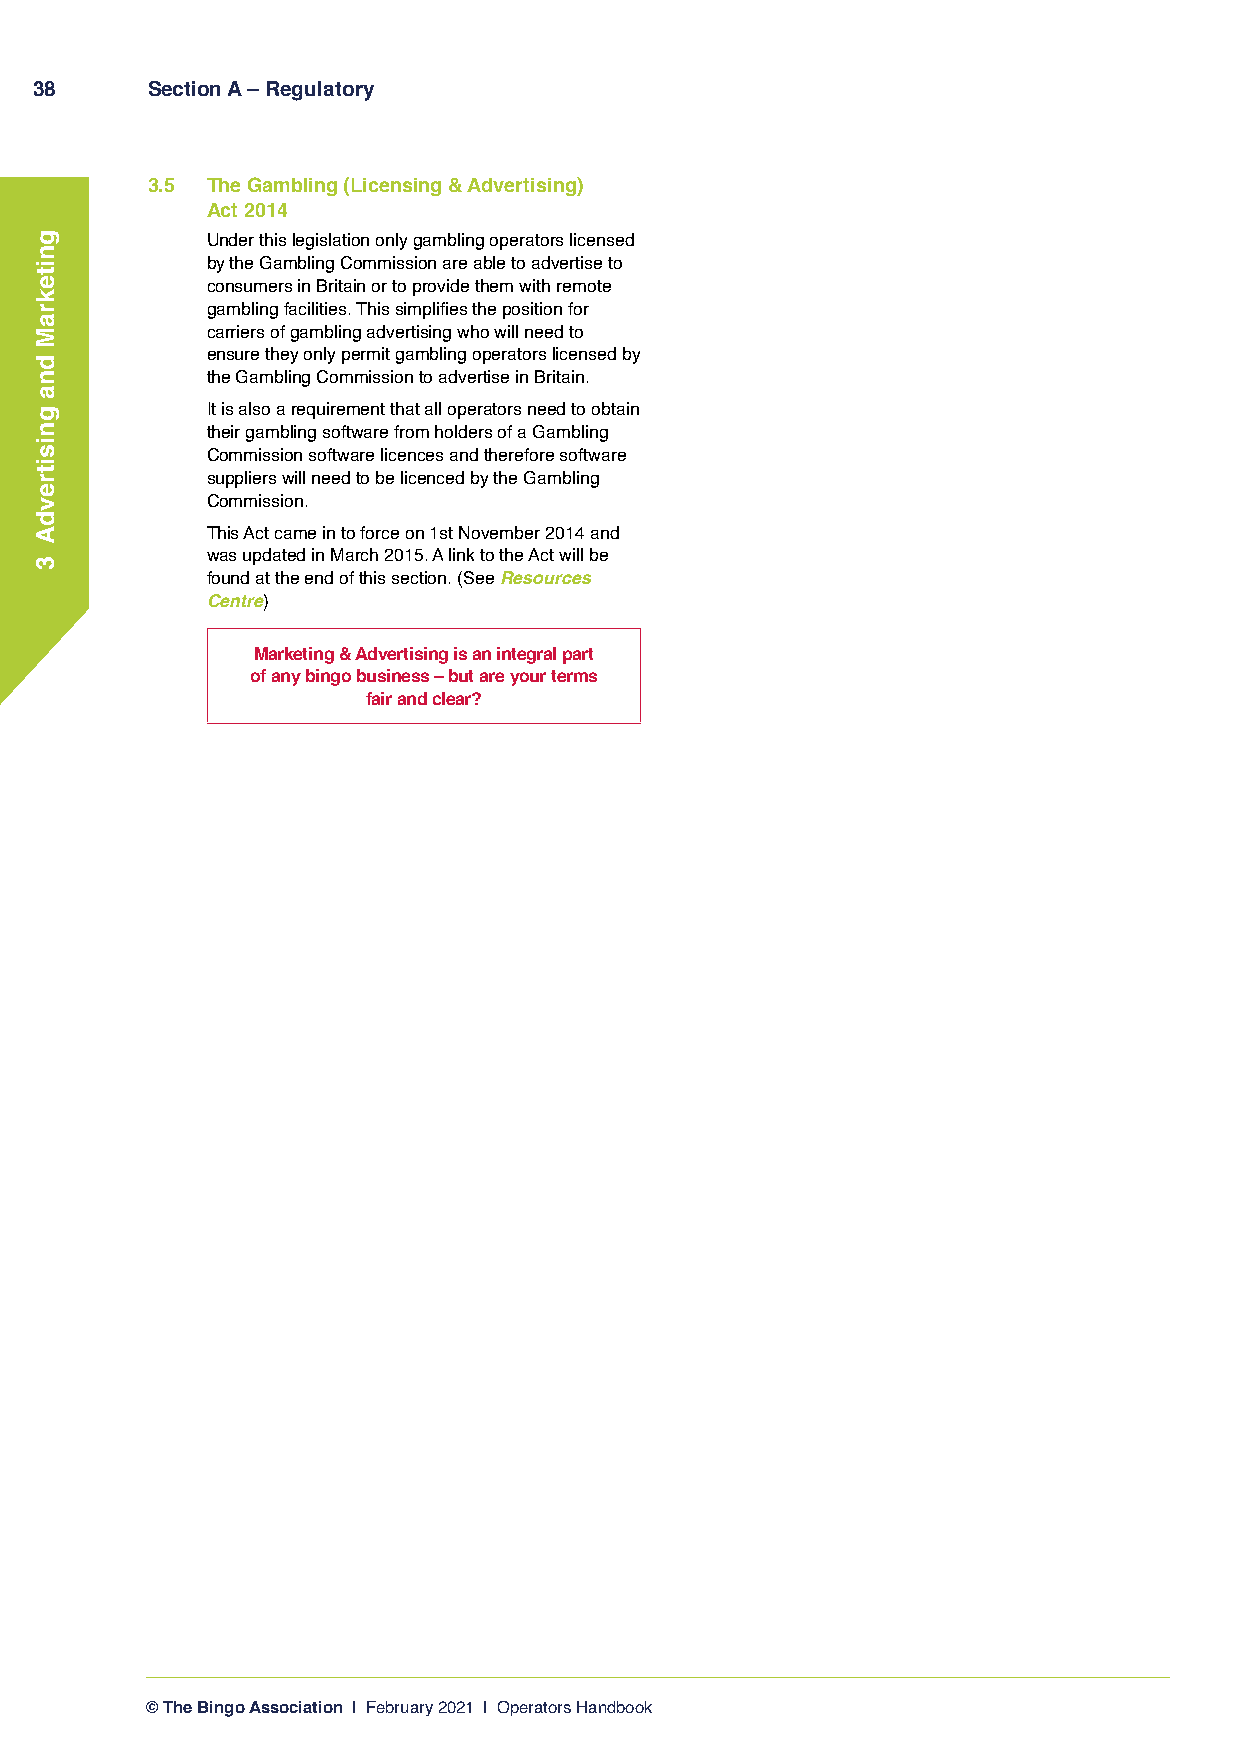
38      Section A – Regulatory
 3.5 The Gambling (Licensing & Advertising)
 Act 2014
 Under this legislation only gambling operators licensed
 by the Gambling Commission are able to advertise to
 consumers in Britain or to provide them with remote
 gambling facilities. This simplifies the position for
 carriers of gambling advertising who will need to
 ensure they only permit gambling operators licensed by
 the Gambling Commission to advertise in Britain.
 It is also a requirement that all operators need to obtain
 their gambling software from holders of a Gambling
 Commission software licences and therefore software
 suppliers will need to be licenced by the Gambling
 Commission.
 This Act came in to force on 1st November 2014 and
 was updated in March 2015. A link to the Act will be
 found at the end of this section. (See Resources
 Centre)
 Marketing & Advertising is an integral part
 of any bingo business – but are your terms
 fair and clear?
 © The Bingo Association | February 2021 | Operators Handbook
 gnitekraM
 dna
 gnisitrevdA
 3